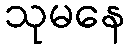
သုမနေ